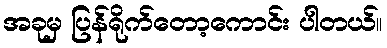
အခုမှ ပြန်ရိုက်တော့ကောင်း ပါတယ်။